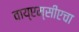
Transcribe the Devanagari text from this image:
वाय्‌एम्‌सीएचा